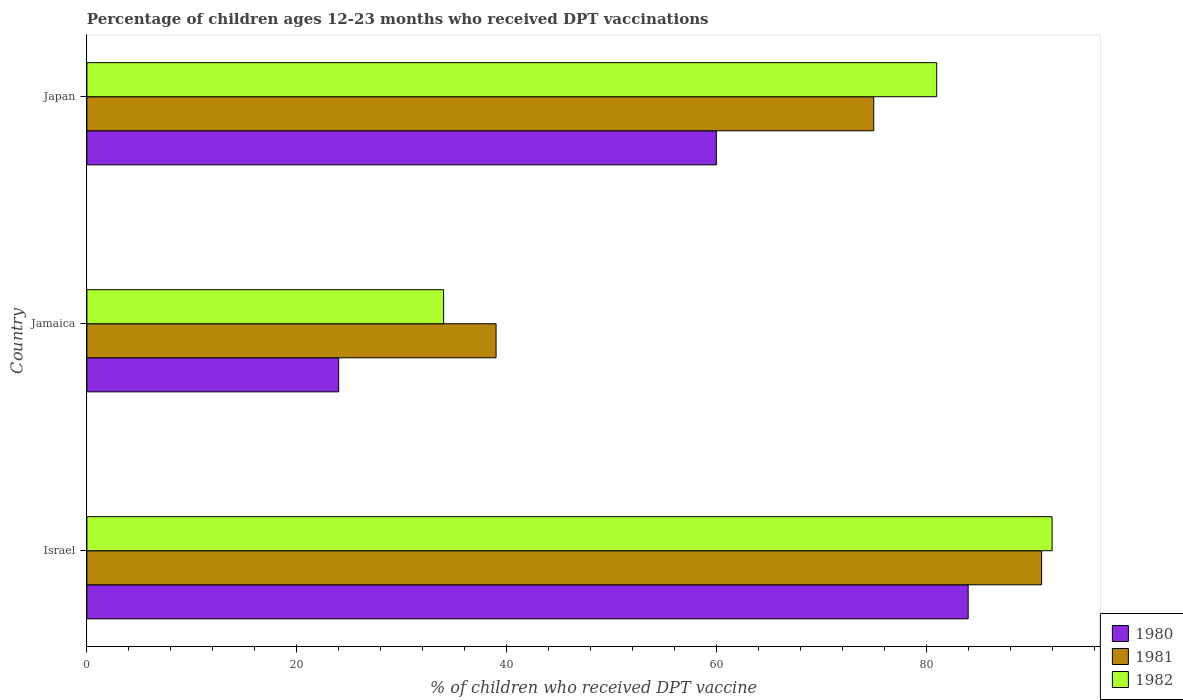
| Country | 1980 | 1981 | 1982 |
 | --- | --- | --- | --- |
 | Israel | 84 | 91 | 92 |
 | Jamaica | 24 | 39 | 34 |
 | Japan | 60 | 75 | 81 |